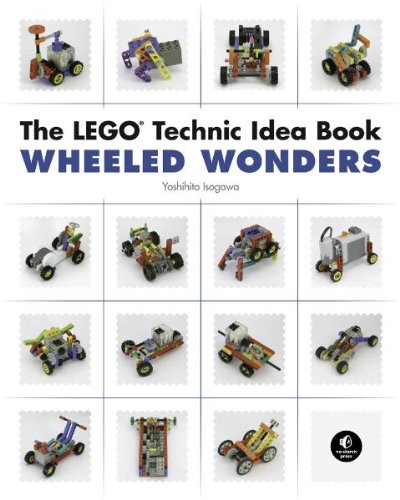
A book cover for The LEGO Technic Idea Book: Wheeled Wonders; Yoshihito Isogawa; Crafts, Hobbies & Home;